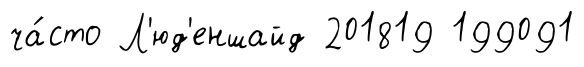
ча́сто Л'юд'еншайд 201819 199091